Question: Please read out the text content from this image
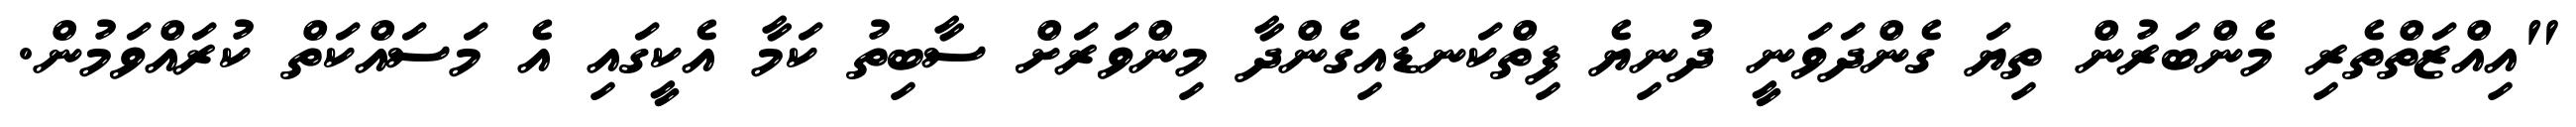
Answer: "އިއްޒަތްތެރި މެންބަރުން ތިޔަ ގެންދަވަނީ ދުނިޔެ ފިތްކަނޑައިގެންދާ މިންވަރަށް ސާބިތު ކަމާ އެކީގައި އެ މަސައްކަތް ކުރައްވަމުން.